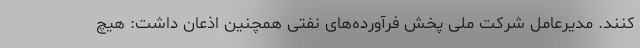
کنند. مدیرعامل شرکت ملی پخش فرآورده‌های نفتی همچنین اذعان داشت: هیچ